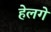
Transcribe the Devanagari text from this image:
हेलगे